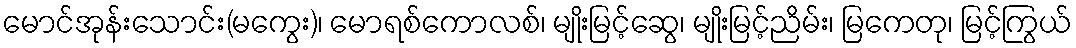
မောင်အုန်းသောင်း(မကွေး)၊ မောရစ်ကောလစ်၊ မျိုးမြင့်ဆွေ၊ မျိုးမြင့်ညိမ်း၊ မြကေတု၊ မြင့်ကြွယ်